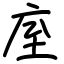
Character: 庢